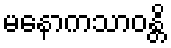
မနောကသာဝန္တိ